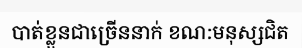
បាត់ខ្លួនជាច្រើននាក់ ខណ:មនុស្សជិត